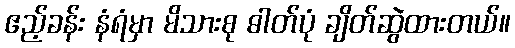
ဧည့်ခန်း နံရံမှာ မိသားစု ဓါတ်ပုံ ချိတ်ဆွဲထားတယ်။